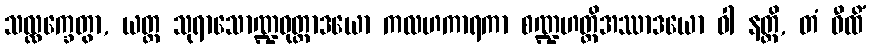
သလ္လက္ခေတွာ, ယတ္ထ သုရာသောဏ္ဍဓုတ္တာဒယော ကလဟကာရကာ စဏ္ဍဟတ္ထိအဿာဒယော ဝါ နတ္ထိ, တံ ဝီထိံ